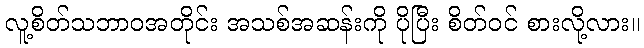
လူ့စိတ်သဘာဝအတိုင်း အသစ်အဆန်းကို ပိုပြီး စိတ်ဝင် စားလို့လား။